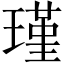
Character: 瑾